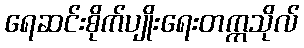
ရေဆင်းစိုက်ပျိုးရေးတက္ကသိုလ်